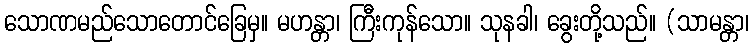
သောဏမည်သောတောင်ခြေမှ။ မဟန္တာ၊ ကြီးကုန်သော။ သုနခါ၊ ခွေးတို့သည်။ (သာမန္တာ၊